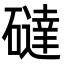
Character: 䃮